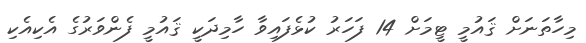
މިހާތަނަށް ޤައުމީ ޓީމަށް 14 ފަހަރު ކުޅެފައިވާ ހާމިދަކީ ޤައުމީ ފެންވަރުގެ އެކިއެކި